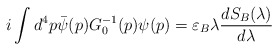
\begin{align*}i\int d^4p\bar\psi(p) G_0^{-1}(p)\psi(p)=\varepsilon_B\lambda\frac{dS_B(\lambda)}{d\lambda}\end{align*}